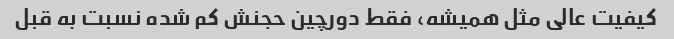
کیفیت عالی مثل همیشه، فقط دورچین حجنش کم شده نسبت به قبل